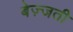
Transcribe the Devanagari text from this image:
बेज़्जती